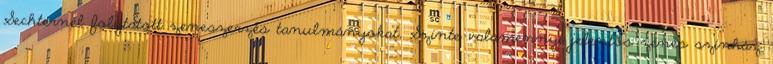
Sechternél folytatott zeneszerzés tanulmányokat. Szinte valamennyi jelentős zenés színház